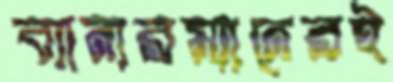
ব্যানারম্যানেরই